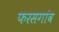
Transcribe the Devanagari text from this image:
फरसगांव